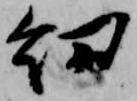
幼